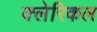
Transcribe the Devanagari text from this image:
क्लेरिकल